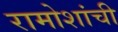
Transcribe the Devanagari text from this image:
रामोशांची